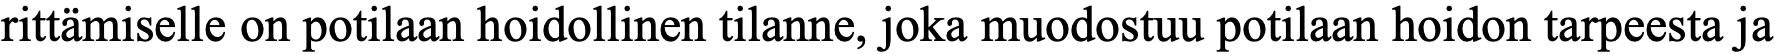
rittämiselle on potilaan hoidollinen tilanne, joka muodostuu potilaan hoidon tarpeesta ja